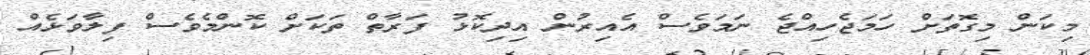
މިކަން މިގޮތަށް ހަމަޖެހިއްޖެ ނަމަވެސް އެއިރުން އިދިކޮޅު ފަރާތް ތަކަށް ކޮންމެވެސް ފިލާވަޅެއް